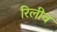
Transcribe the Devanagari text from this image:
रिलीव